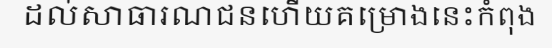
ដល់សាធារណជនហើយគម្រោងនេះកំពុង